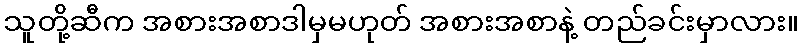
သူတို့ဆီက အစားအစာဒါမှမဟုတ် အစားအစာနဲ့ တည်ခင်းမှာလား။